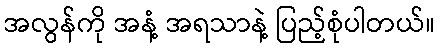
အလွန်ကို အနံ့ အရသာနဲ့ ပြည့်စုံပါတယ်။